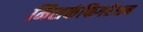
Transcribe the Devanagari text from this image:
मिसकंफिगरेशन